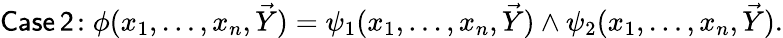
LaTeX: {\mathsf{Case\, 2\! :}}\; \phi(x_{1},\ldots,x_{n},{\vec{Y}})=\psi_{1}(x_{1},\ldots,x_{n},{\vec{Y}})\land\psi_{2}(x_{1},\ldots,x_{n},{\vec{Y}}).